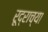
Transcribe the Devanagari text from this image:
रूद्राच्या